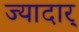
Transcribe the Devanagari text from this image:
ज्यादार्